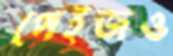
পেইজও